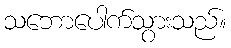
သဘောပေါက်သွားသည်။